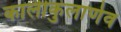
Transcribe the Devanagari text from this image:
कालीकुलार्णव